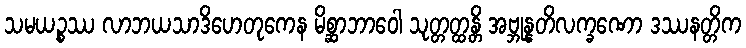
သမယဉ္စဿ လာဘယသာဒိဟေတုကေန မိစ္ဆာဘာဝေါ သုတ္တတ္ထန္တိ အဗ္ဘုန္နတိလက္ခဏော ဒဿနတ္တိက